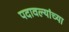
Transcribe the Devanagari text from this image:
पदावल्यांच्या